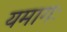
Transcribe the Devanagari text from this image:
यमागः